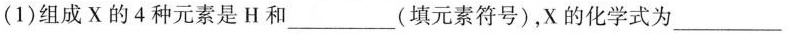
(1)组成X的4种元素是H和___(填元素符号)，X的化学式为___。